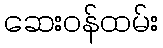
ဆေးဝန်ထမ်း